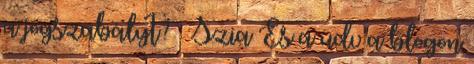
a jogszabályt? 🙂 Szia És a üdv a blogon